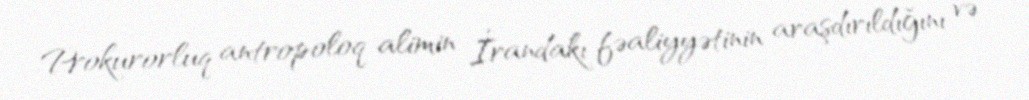
Prokurorluq antropoloq alimin İrandakı fəaliyyətinin araşdırıldığını və